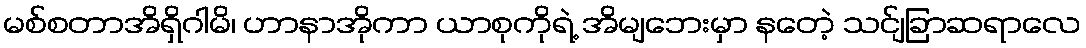
မစ်စတာအိရှိဂါမိ၊ ဟာနာအိုကာ ယာစုကိုရဲ့ အိမျဘေးမှာ နတေဲ့ သင်ျခြာဆရာလေ